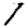
Digit: 1